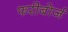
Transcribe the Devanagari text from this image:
फरीबोर्ज